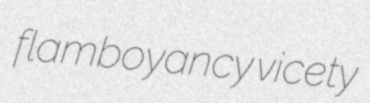
flamboyancy vicety